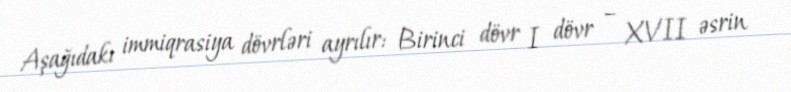
Aşağıdakı immiqrasiya dövrləri ayrılır: Birinci dövr I dövr – XVII əsrin